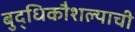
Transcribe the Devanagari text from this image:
बुद्धिकौशल्याची